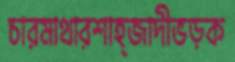
চারমাথারশাহ্‌জাদীভড়ক